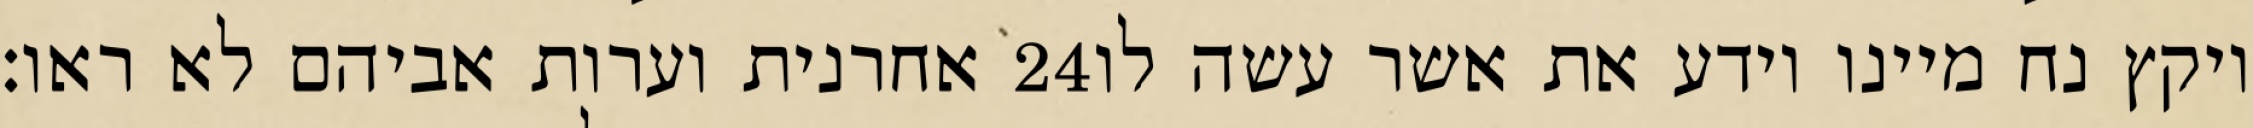
אחרנית וערות אביהם לא ראו׃ ‎24‏ ויקץ נח מיינו וידע את אשר עשה לו